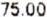
75.00